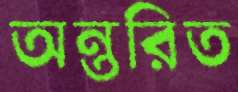
অন্তরিত